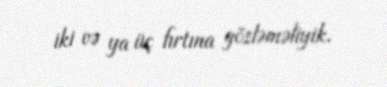
iki və ya üç fırtına gözləməliyik.